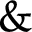
\&